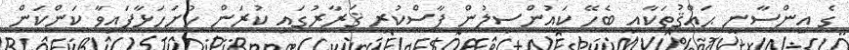
ގެ އިންސާނީ ޙައްޤުތަކާއި ބެހޭ ކައުންސިލުން ފާސްކުރި ޤަރާރުގައި ކުރަން ހުށަހަޅާފައިވާ ކަންކަން